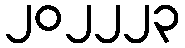
၂၀၂၂၂၃